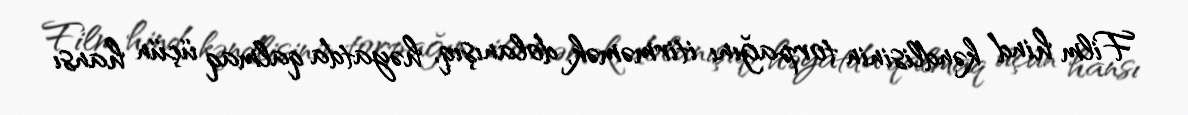
Film hind kəndlisinin torpağını itirməmək, dolanışıq, həyatda qalmaq üçün hansı